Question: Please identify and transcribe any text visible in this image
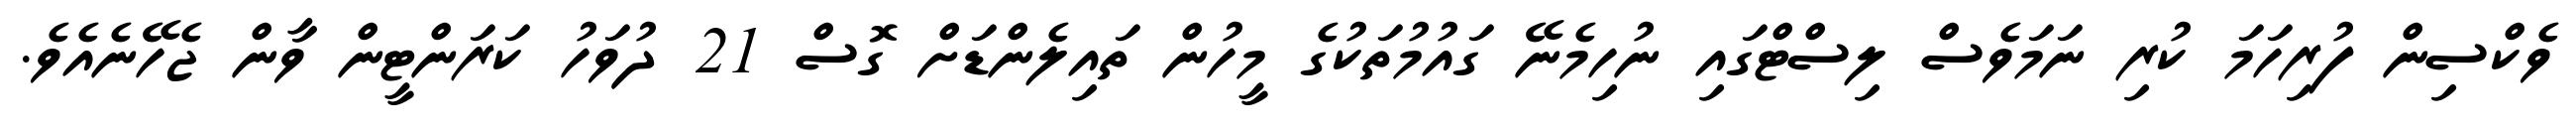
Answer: ވެކްސިން ފުރިހަމަ ކުރި ނަމަވެސް ލިސްޓްގައި ނުހިމެނޭ ގައުމުތަކުގެ މީހުން ތައިލެންޑަށް ގޮސް 21 ދުވަހު ކަރަންޓީން ވާން ޖެހޭނެއެވެ.